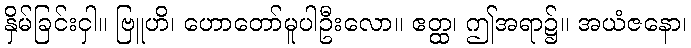
နှိမ်ခြင်းငှါ။ ဗြူဟိ၊ ဟောတော်မူပါဦးလော။ ဧတ္ထ၊ ဤအရာ၌။ အယံဇနော၊